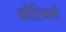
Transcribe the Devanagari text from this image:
कोशिकाऐ